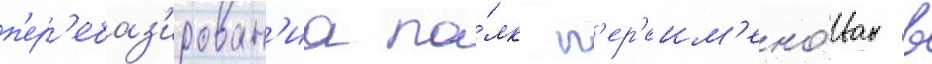
п'ер'ебаз'ирован'иа по́лк п'ер'еим'ено́ван в